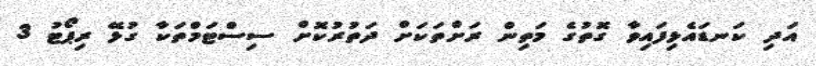
އަދި ކަނޑައެޅިފައިވާ ގޮތުގެ މަތިން ރަށްތަކަށް ދަތުރުކޮށް ސިސްޓަމްތަކާ ގުޅޭ ރިޕޯޓު 3